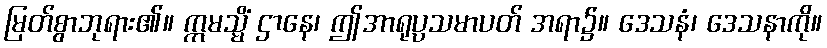
မြတ်စွာဘုရား၏။ ဣမသ္မိံ ဌာနေ၊ ဤအာရုပ္ပသမာပတ် အရာ၌။ ဒေသနံ၊ ဒေသနာကို။